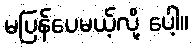
မပြန်ပေမယ့်လို့ ပေါ့။